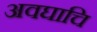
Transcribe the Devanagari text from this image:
अवघाचि